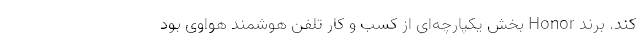
کند. برند Honor بخش یکپارچه‌ای از کسب و کار تلفن هوشمند هواوی بود